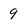
Character: 9